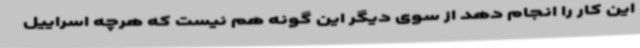
این کار را انجام دهد از سوی دیگر این گونه هم نیست که هرچه اسراییل